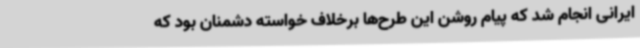
ایرانی انجام شد که پیام روشن این طرح‌ها برخلاف خواسته دشمنان بود که